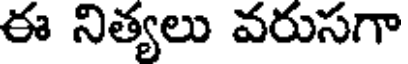
ఈ నిత్యలు వరుసగా